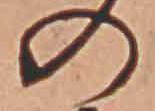
の